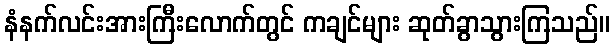
နံနက်လင်းအားကြီးလောက်တွင် ကချင်များ ဆုတ်ခွာသွားကြသည်။